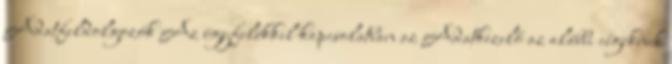
Adatfeldolgozók Az ügyfelekkel kapcsolatban az Adatkezelő az alábbi cégeknek